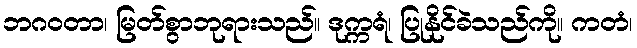
ဘဂဝတာ၊ မြတ်စွာဘုရားသည်။ ဒုက္ကရံ၊ ပြုနိုင်ခဲသည်ကို။ ကတံ၊